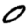
Digit: 0